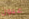
عيون